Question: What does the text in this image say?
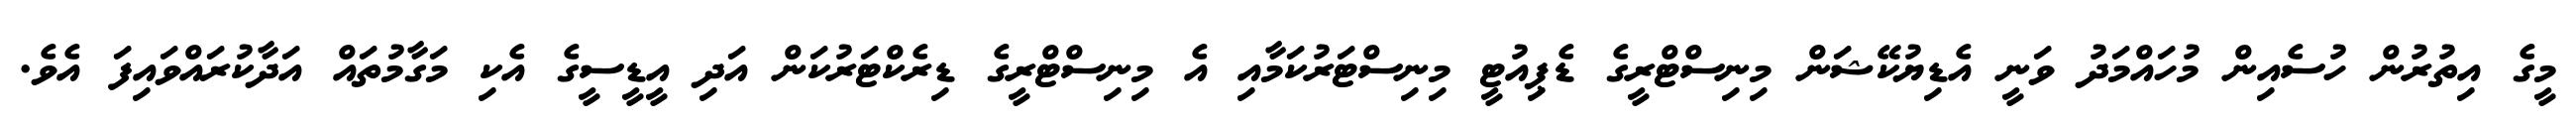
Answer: މީގެ އިތުރުން ހުސެއިން މުހައްމަދު ވަނީ އެޑިޔުކޭޝަން މިނިސްޓްރީގެ ޑެޕިއުޓީ މިނިސްޓަރުކަމާއި އެ މިނިސްޓްރީގެ ޑިރެކްޓަރުކަން އަދި އީޑީސީގެ އެކި މަގާމުތައް އަދާކުރައްވައިފަ އެވެ.